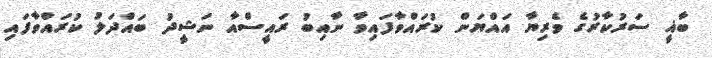
ބާޣީ ސަރުކާރުގެ ވެރިޔާ އައްޔަން ކުރައްވާފައިވާ ނާއިބު ރައީސްއާ ނަޝީދު ބައްދަލު ކުރައްވާފައި